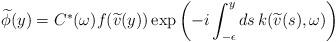
LaTeX: \begin{align*}\widetilde{\phi}(y) = C^*(\omega) f(\widetilde{v}(y))\exp\left(-i\int_{-\epsilon}^{y}ds\, k(\widetilde{v}(s),\omega)\right)\end{align*}